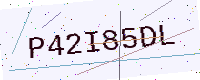
Text: P42I85DL